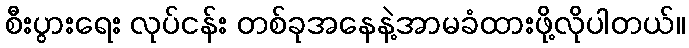
စီးပွားရေး လုပ်ငန်း တစ်ခုအနေနဲ့အာမခံထားဖို့လိုပါတယ်။